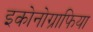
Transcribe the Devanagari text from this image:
इकोनोग्राफिया